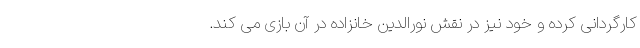
کارگردانی کرده و خود نیز در نقش نورالدین خانزاده در آن بازی می کند.